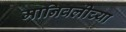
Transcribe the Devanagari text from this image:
मानिवलीच्या